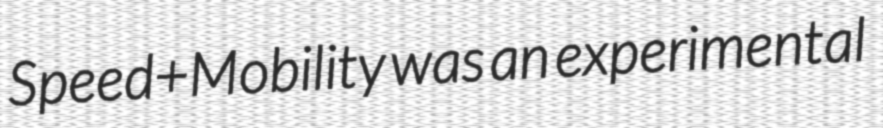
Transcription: Speed+Mobility was an experimental